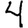
Digit: 4